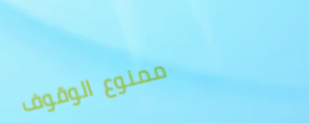
ممنوع الوقوف